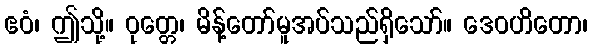
ဧဝံ၊ ဤသို့။ ဝုတ္တေ၊ မိန့်တော်မူအပ်သည်ရှိသော်။ ဒေဝဟိတော၊